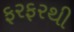
ફરફરથી